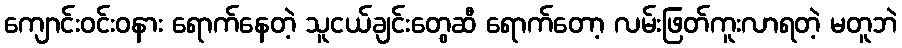
ကျောင်းဝင်းဝနား ရောက်နေတဲ့ သူငယ်ချင်းတွေဆီ ရောက်တော့ လမ်းဖြတ်ကူးလာရတဲ့ မတူဘဲ